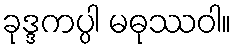
ခုဒ္ဒကပ္ပါ မဓုဿဝါ။